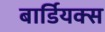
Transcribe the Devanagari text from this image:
बार्डियक्स